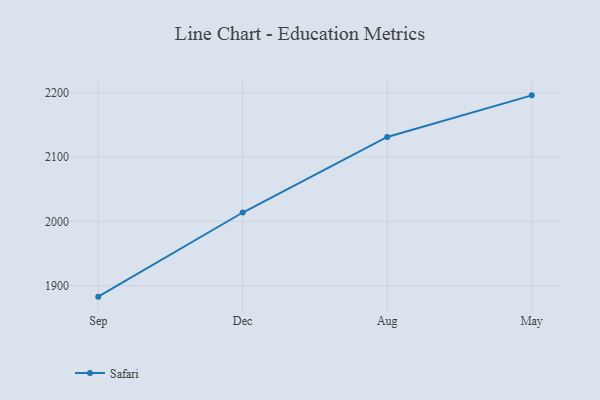
{"axis": {"x": "Month", "y": "Churn Rate (%)"}, "legend": ["Safari"], "data": [{"x": "Sep", "y": 1882.8, "type": "Safari"}, {"x": "Dec", "y": 2013.8, "type": "Safari"}, {"x": "Aug", "y": 2131.4, "type": "Safari"}, {"x": "May", "y": 2196.2, "type": "Safari"}]}